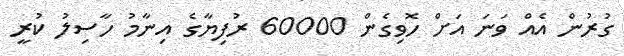
ގުރުން އެއް ވަނަ އަށް ހޮވިގެން 60000 ރުފިޔާގެ އިނާމު ހާސިލު ކުރީ